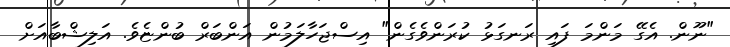
"ނޫން. އެގޭ މަންމަ ފައި ރަނގަޅު ކުރަންވެގެން" އިސްޖަހާލަމުން އަންބަރް ބުންޏެވެ. އަލިޝްބާއަށް